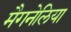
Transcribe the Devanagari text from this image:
मैगनेलिया